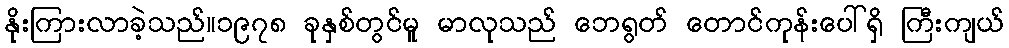
နိုးကြားလာခဲ့သည်။၁၉၇၈ ခုနှစ်တွင်မူ မာလုသည် ဘေရွတ် တောင်ကုန်းပေါ်ရှိ ကြီးကျယ်